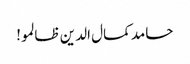
حامد کمال الدین ظالمو!